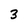
Character: 3